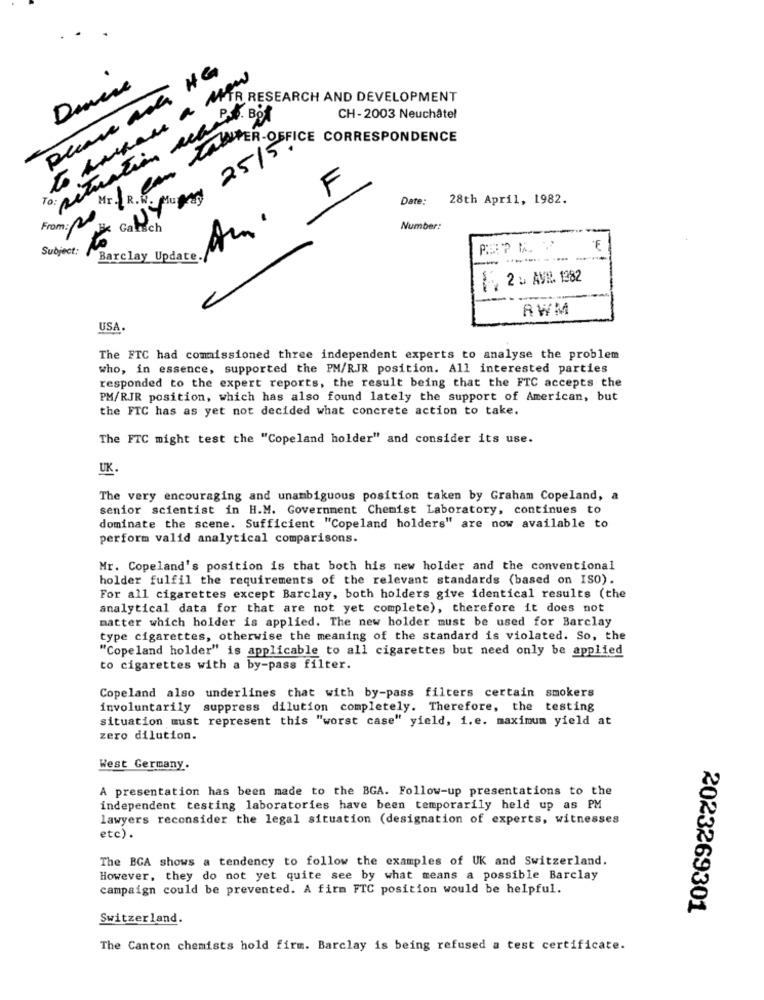
please ask HG
ew
situation alle. Bo
to harRass RESEARCH AND DEVELOPMENT
CH -2003 Neuchâtel
PER-OFFICE CORRESPONDENCE
25/5
F
Date:
28th April, 1982.
From: 2
Gatsch
Am
Number:
Subject:
F
Barclay Update,
----
2 . AVN. 1982
RWM
USA.
The FTC had commissioned three independent experts to analyse the problem
who, in essence, supported the PM/RJR position. All interested parties
responded to the expert reports, the result being that the FTC accepts the
PM/RJR position, which has also found lately the support of American, but
the FTC has as yet not decided what concrete action to take.
The FTC might test the "Copeland holder" and consider its use.
UK
The very encouraging and unambiguous position taken by Graham Copeland, a
senior scientist in H.M. Government Chemist Laboratory, continues to
dominate the scene. Sufficient "Copeland holders" are now available to
perform valid analytical comparisons.
Mr. Copeland's position is that both his new holder and the conventional
holder fulfil the requirements of the relevant standards (based on ISO).
For all cigarettes except Barclay, both holders give identical results (the
analytical data for that are not yet complete), therefore it does not
matter which holder is applied. The new holder must be used for Barclay
type cigarettes, otherwise the meaning of the standard is violated. So, the
"Copeland holder" is applicable to all cigarettes but need only be applied
to cigarettes with a by-pass filter.
Copeland also underlines that with by-pass filters certain smokers
involuntarily suppress dilution completely. Therefore, the testing
situation must represent this "worst case" yield, i.e. maximum yield at
zero dilution.
West Germany.
A presentation has been made to the BGA. Follow-up presentations to the
independent testing laboratories have been temporarily held up as PM
lawyers reconsider the legal situation (designation of experts, witnesses
etc).
The BGA shows a tendency to follow the examples of UK and Switzerland.
However, they do not yet quite see by what means a possible Barclay
campaign could be prevented. A firm FTC position would be helpful.
2023269301
Switzerland.
The Canton chemists hold firm. Barclay is being refused a test certificate.